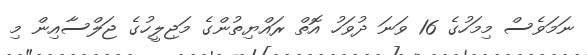
ނަމަވެސް މިމަހުގެ 16 ވަނަ ދުވަހު އޮތް ރައްޔިތުންގެ މަޖިލީހުގެ ޖަލްސާއިން މި